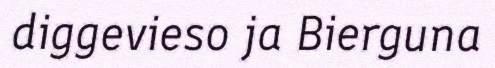
diggevieso ja Bierguna